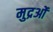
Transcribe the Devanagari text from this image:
मुद्रओं